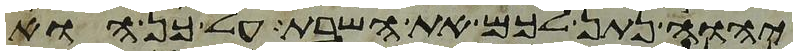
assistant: יהוה נתן לכם את השבת על כן הוא